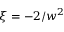
\xi = - 2 / w ^ { 2 }